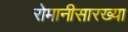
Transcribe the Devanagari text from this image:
रोमानीसारख्या